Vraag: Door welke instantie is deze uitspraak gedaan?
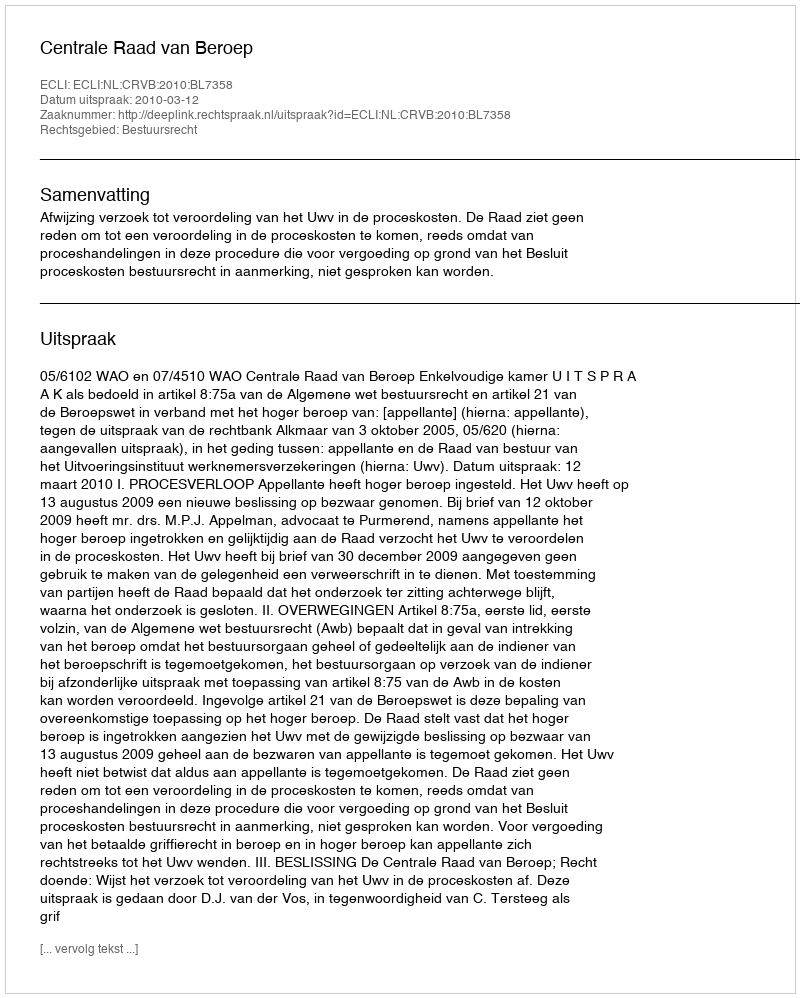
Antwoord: Centrale Raad van Beroep